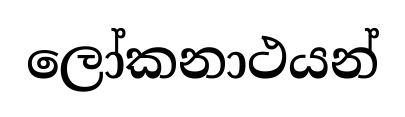
ලෝකනාථයන්